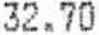
32.70